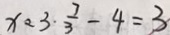
x = 3 \cdot \frac { 7 } { 3 } - 4 = 3